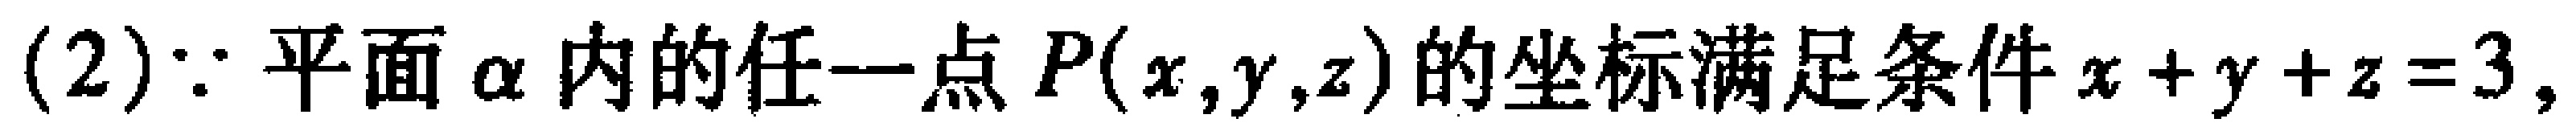
(2)$\because$平面$\alpha$内的任一点$P(x,y,z)$的坐标满足条件$x + y + z = 3,$